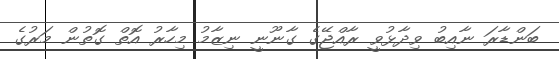
ބަންޑާރަ ނާއިބު ވިދާޅުވީ ރާއްޖޭގެ ގާނޫނީ ނިޒާމު މިހާރު އޮތް ގޮތުން މަރުގެ